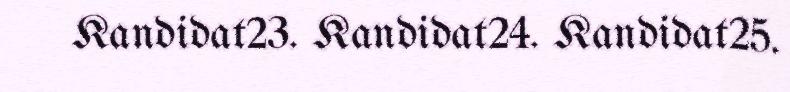
Kandidat23. Kandidat24. Kandidat25.